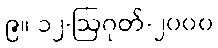
၉။ ၁၂-ဩဂုတ်-၂၀၀၀